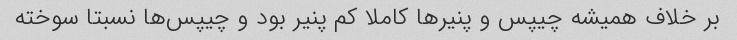
بر خلاف همیشه چیپس و پنیر‌ها کاملا کم پنیر بود و چیپس‌ها نسبتا سوخته